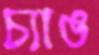
চ্যাঙ